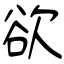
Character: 欲